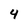
Character: 4